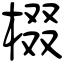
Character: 棳